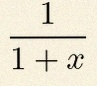
\frac{1}{1+x}